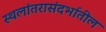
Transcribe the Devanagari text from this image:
स्थलांतरासंदर्भातील